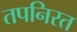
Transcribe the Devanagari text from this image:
तपनिरत